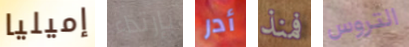
إميليا بإرتداء أدر فمنذ التروس